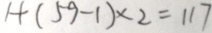
1 + ( 5 9 - 1 ) \times 2 = 1 1 7